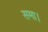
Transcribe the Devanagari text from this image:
समा।